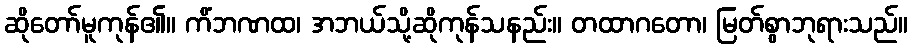
ဆိုတော်မူကုန်၏။ ကိံဘဏထ၊ အဘယ်သို့ဆိုကုန်သနည်း။ တထာဂတော၊ မြတ်စွာဘုရားသည်။